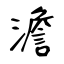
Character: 澹